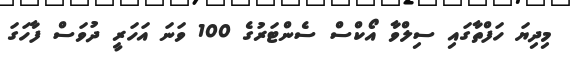
މިދިޔަ ހަފްތާގައި ސިލްވާ އޯކްސް ސެންޓަރުގެ 100 ވަނަ އަހަރީ ދުވަސް ފާހަގަ